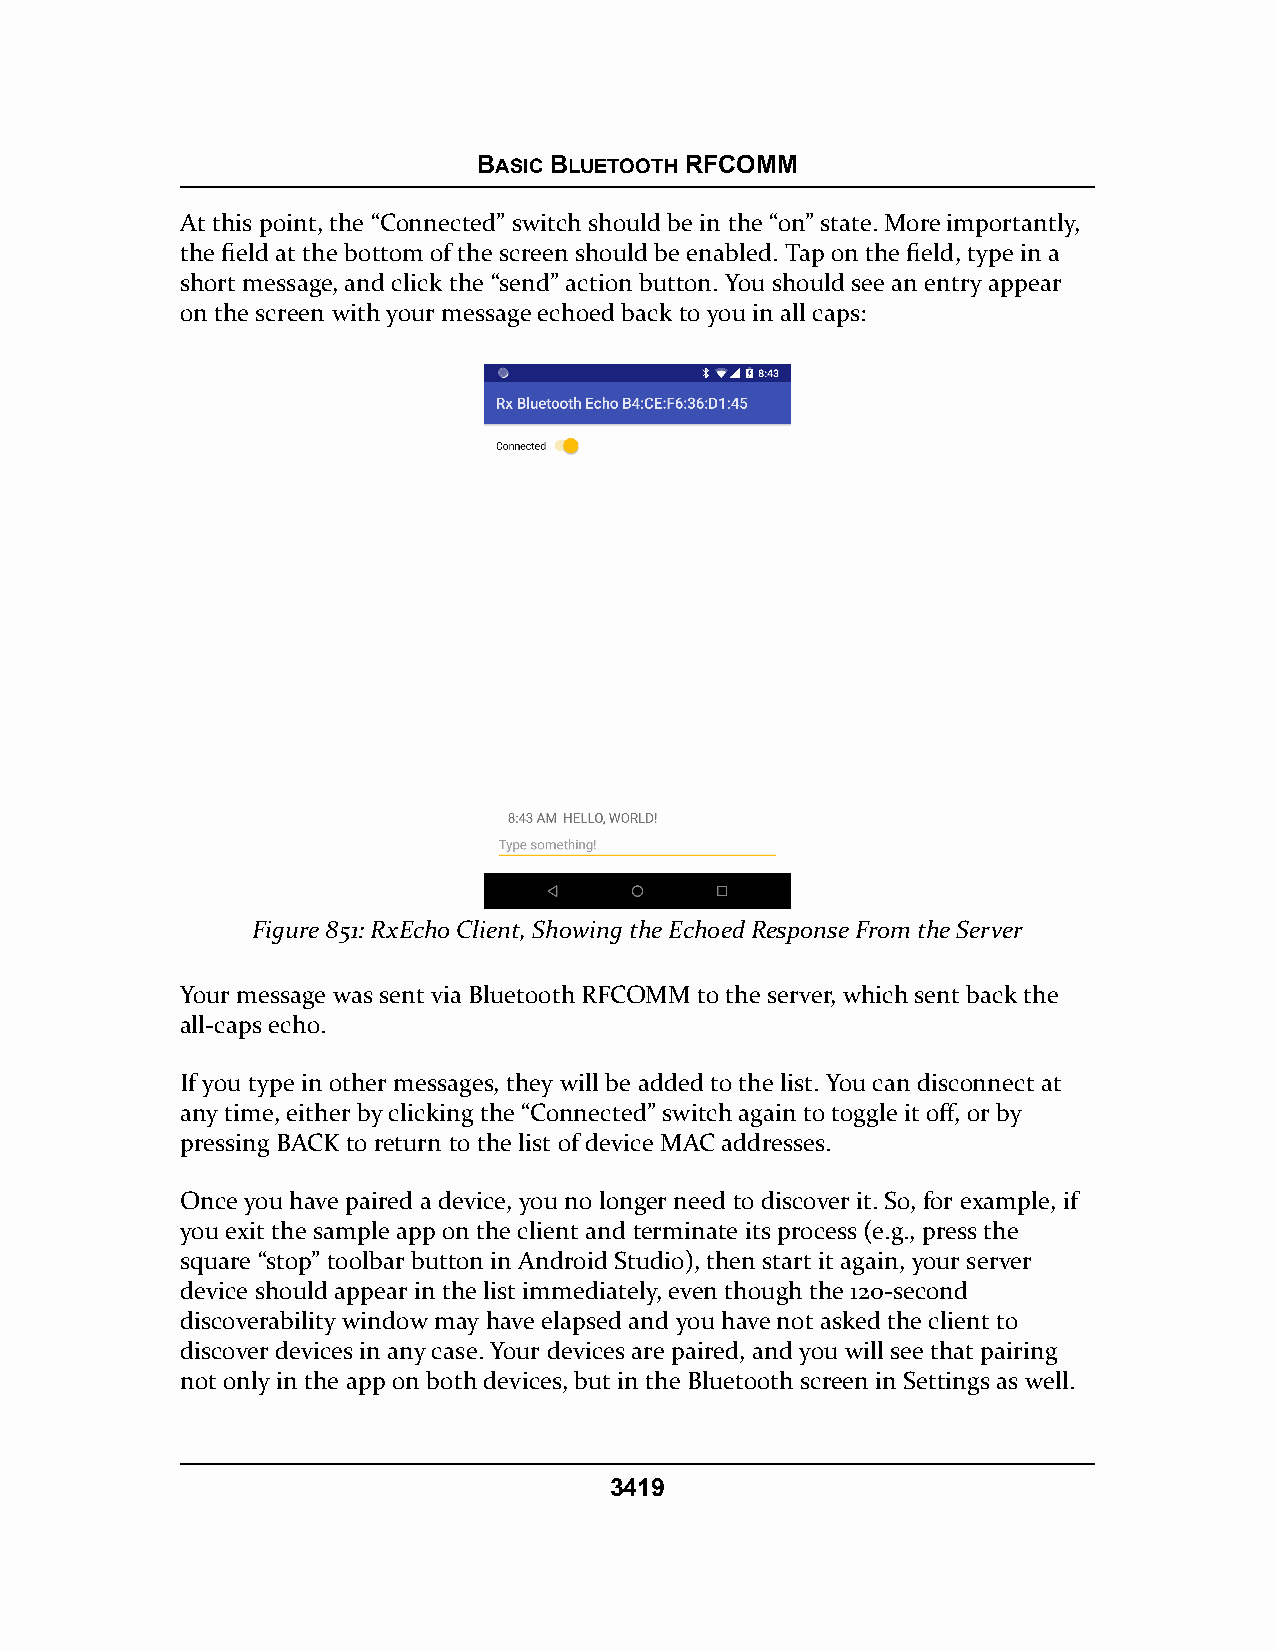
BASIC BLUETOOTH RFCOMM
 At this point, the “Connected” switch should be in the “on” state. More importantly,
 the field at the bottom of the screen should be enabled. Tap on the field, type in a
 short message, and click the “send” action button. You should see an entry appear
 on the screen with your message echoed back to you in all caps:
 Figure 851: RxEcho Client, Showing the Echoed Response From the Server
 Your message was sent via Bluetooth RFCOMM to the server, which sent back the
 all-caps echo.
 If you type in other messages, they will be added to the list. You can disconnect at
 any time, either by clicking the “Connected” switch again to toggle it off, or by
 pressing BACK to return to the list of device MAC addresses.
 Once you have paired a device, you no longer need to discover it. So, for example, if
 you exit the sample app on the client and terminate its process (e.g., press the
 square “stop” toolbar button in Android Studio), then start it again, your server
 device should appear in the list immediately, even though the 120-second
 discoverability window may have elapsed and you have not asked the client to
 discover devices in any case. Your devices are paired, and you will see that pairing
 not only in the app on both devices, but in the Bluetooth screen in Settings as well.
 3419